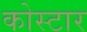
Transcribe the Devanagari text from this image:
कोस्टार